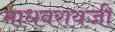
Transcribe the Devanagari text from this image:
माधवरायजी